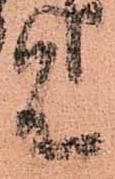
見